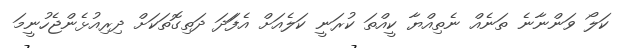
ކަލޯ ވަންނާނެ ތަނެއް ނެތިއްޔާ ކީއްތަ ކުރަނީ ކަލެއަށް އެފަަދަ ދަތިގޮތަކަށް ދިރިއުޅެންޖެހުނީމަ